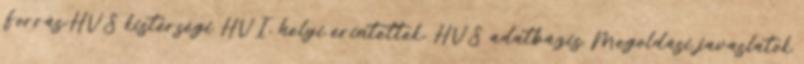
Forrás:HVS kistérségi HVI, helyi érintettek, HVS adatbázis Megoldási javaslatok